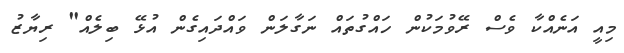
މިއީ އަނެއްކާ ވެސް ރޭވުމަކުން ހައްގުތައް ނަގާލަން ވައްދައިގެން އުޅޭ ބިލެއް" ރިޔާޒު